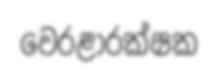
වෙරළාරක්ෂක